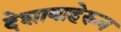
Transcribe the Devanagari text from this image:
देशाबाहेरून